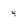
Character: 4